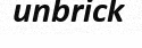
unbrick